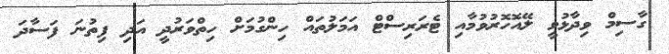
ގާސިމް ވިދާޅުވީ ލޭއޮހޮރުވުމާއި ޓެރަރިސްޓް އަމަލުތައް ހިންގުމަށް ހިތްވަރުދީ އަދި ފިތުނަ ފަސާދަ